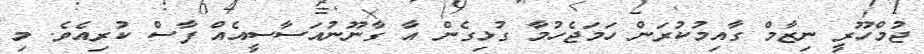
ޖުމްހޫރީ ނިޒާމް ގާއިމުކުރަން ހަމަޖެހުމާ ގުޅިގެން އާ ގާނޫނުއަސާސީއެއް ފާސް ކުރިއެވެ. މި